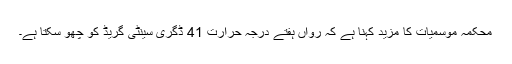
محکمہ موسمیات کا مزید کہنا ہے کہ رواں ہفتے درجہ حرارت 41 ڈگری سینٹی گریڈ کو چھو سکتا ہے۔